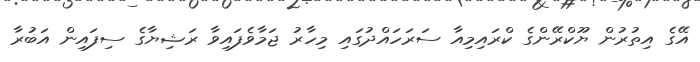
އޭގެ އިތުރުން ޔޫކްރޭންގެ ކްރައިމިއާ ސަރަހައްދުގައި މިހާރު ޖަމާވެފައިވާ ރަޝިޔާގެ ސިފައިން އަބުރާ